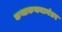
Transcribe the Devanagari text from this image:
कथाकथनानंतर